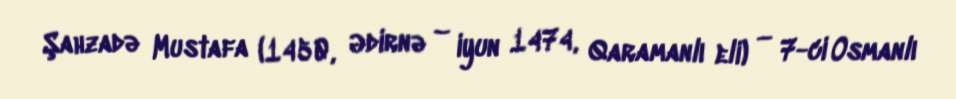
Şahzadə Mustafa (1450, Ədirnə – iyun 1474, Qaramanlı eli) — 7-ci Osmanlı